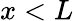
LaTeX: x<L